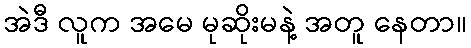
အဲဒီ လူက အမေ မုဆိုးမနဲ့ အတူ နေတာ။